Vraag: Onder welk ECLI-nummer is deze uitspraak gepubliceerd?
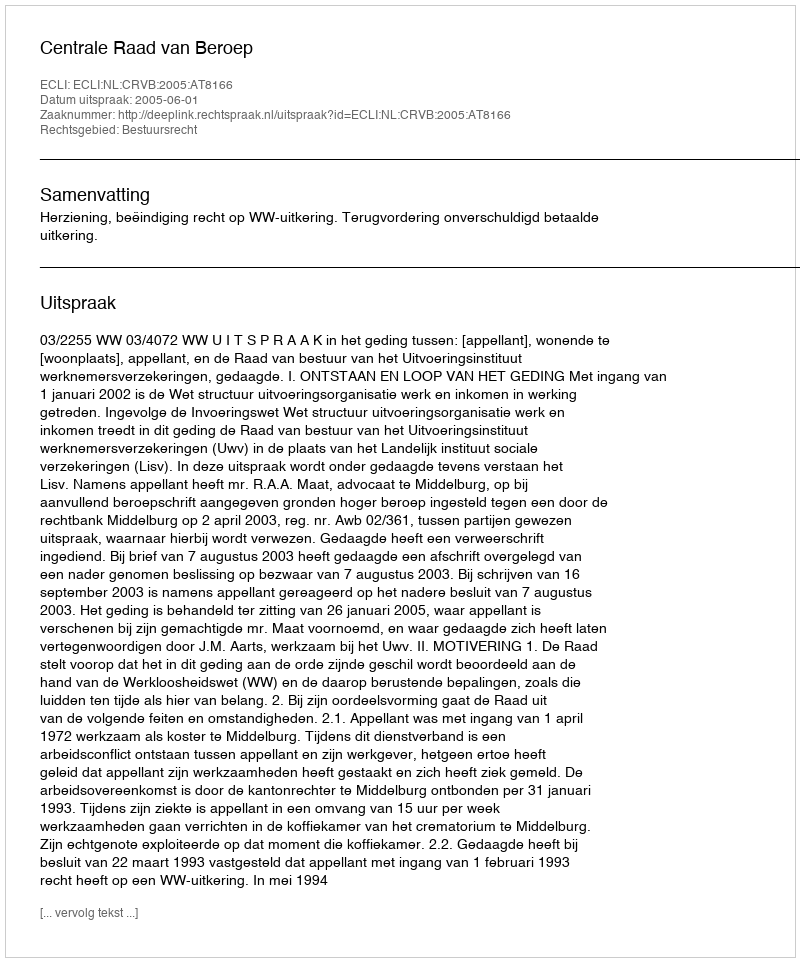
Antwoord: ECLI:NL:CRVB:2005:AT8166